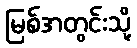
မြစ်အတွင်းသို့